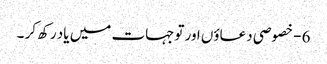
6 - خصوصی دعاؤں اور توجہات میں یاد رکھ کر ۔